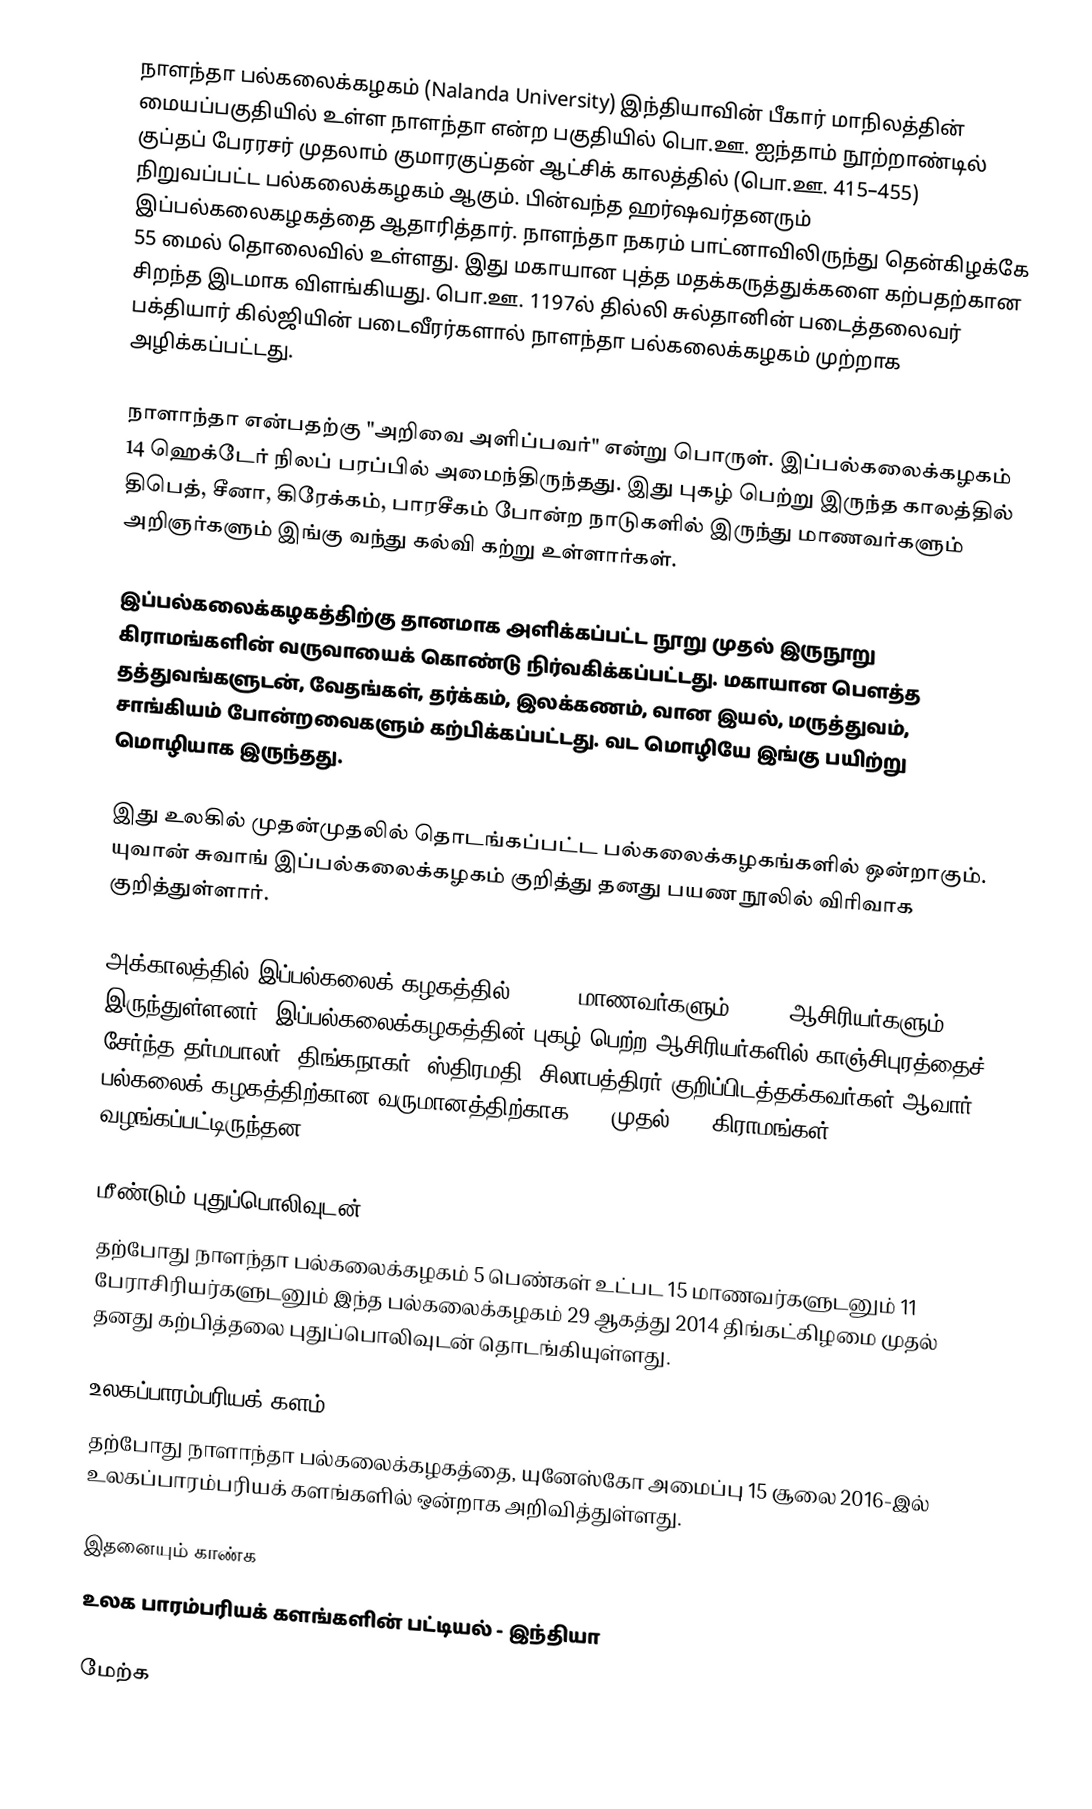
நாளந்தா பல்கலைக்கழகம் (Nalanda University) இந்தியாவின் பீகார் மாநிலத்தின் மையப்பகுதியில் உள்ள நாளந்தா என்ற பகுதியில் பொ.ஊ. ஐந்தாம் நூற்றாண்டில் குப்தப் பேரரசர் முதலாம் குமாரகுப்தன் ஆட்சிக் காலத்தில் (பொ.ஊ. 415–455) நிறுவப்பட்ட பல்கலைக்கழகம் ஆகும். பின்வந்த ஹர்ஷவர்தனரும் இப்பல்கலைகழகத்தை ஆதாரித்தார்.  நாளந்தா நகரம் பாட்னாவிலிருந்து தென்கிழக்கே 55 மைல் தொலைவில் உள்ளது. இது மகாயான புத்த மதக்கருத்துக்களை கற்பதற்கான சிறந்த இடமாக விளங்கியது. பொ.ஊ. 1197ல் தில்லி சுல்தானின் படைத்தலைவர் பக்தியார் கில்ஜியின் படைவீரர்களால் நாளந்தா பல்கலைக்கழகம் முற்றாக அழிக்கப்பட்டது.

நாளாந்தா என்பதற்கு "அறிவை அளிப்பவர்" என்று பொருள். இப்பல்கலைக்கழகம் 14 ஹெக்டேர் நிலப் பரப்பில் அமைந்திருந்தது. இது புகழ் பெற்று இருந்த காலத்தில் திபெத், சீனா, கிரேக்கம், பாரசீகம் போன்ற நாடுகளில் இருந்து மாணவர்களும் அறிஞர்களும் இங்கு வந்து கல்வி கற்று உள்ளார்கள்.

இப்பல்கலைக்கழகத்திற்கு தானமாக அளிக்கப்பட்ட நூறு முதல் இருநூறு கிராமங்களின் வருவாயைக் கொண்டு  நிர்வகிக்கப்பட்டது. மகாயான பௌத்த தத்துவங்களுடன், வேதங்கள்,  தர்க்கம், இலக்கணம், வான இயல், மருத்துவம், சாங்கியம் போன்றவைகளும் கற்பிக்கப்பட்டது. வட மொழியே இங்கு பயிற்று மொழியாக இருந்தது.

இது உலகில் முதன்முதலில் தொடங்கப்பட்ட பல்கலைக்கழகங்களில் ஒன்றாகும். யுவான் சுவாங் இப்பல்கலைக்கழகம் குறித்து தனது பயண நூலில் விரிவாக குறித்துள்ளார்.

அக்காலத்தில் இப்பல்கலைக் கழகத்தில் 10,000 மாணவர்களும் 1,500 ஆசிரியர்களும் இருந்துள்ளனர். இப்பல்கலைக்கழகத்தின் புகழ் பெற்ற ஆசிரியர்களில்  காஞ்சிபுரத்தைச் சேர்ந்த தர்மபாலர், திங்கநாகர், ஸ்திரமதி, சிலாபத்திரர் குறிப்பிடத்தக்கவர்கள் ஆவார். பல்கலைக் கழகத்திற்கான வருமானத்திற்காக 100 முதல் 200 கிராமங்கள் வழங்கப்பட்டிருந்தன.

மீண்டும் புதுப்பொலிவுடன்
தற்போது நாளந்தா பல்கலைக்கழகம் 5 பெண்கள் உட்பட 15 மாணவர்களுடனும் 11 பேராசிரியர்களுடனும் இந்த பல்கலைக்கழகம் 29 ஆகத்து 2014 திங்கட்கிழமை முதல் தனது கற்பித்தலை புதுப்பொலிவுடன் தொடங்கியுள்ளது.

உலகப்பாரம்பரியக் களம்
தற்போது நாளாந்தா பல்கலைக்கழகத்தை,  யுனேஸ்கோ அமைப்பு 15 சூலை 2016-இல் உலகப்பாரம்பரியக் களங்களில் ஒன்றாக அறிவித்துள்ளது.

இதனையும் காண்க
 உலக பாரம்பரியக் களங்களின் பட்டியல் - இந்தியா

மேற்க